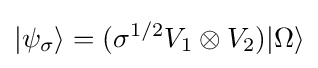
|\psi _{\sigma }\rangle =(\sigma ^{{1}/{2}}V_{1}\otimes V_{2})|\Omega \rangle